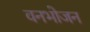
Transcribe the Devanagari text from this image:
वनभोजन